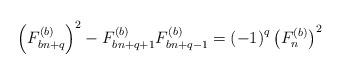
LaTeX: \begin{align*}\left(F_{bn+q}^{\left(b\right)}\right)^{2}-F_{bn+q+1}^{\left(b\right)}F_{bn+q-1}^{\left(b\right)}=\left(-1\right)^{q}\left(F_{n}^{\left(b\right)}\right)^{2}\end{align*}